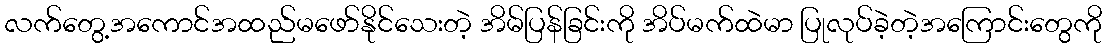
လက်တွေ့အကောင်အထည်မဖော်နိုင်သေးတဲ့ အိမ်ပြန်ခြင်းကို အိပ်မက်ထဲမာ ပြုလုပ်ခဲ့တဲ့အကြောင်းတွေကို